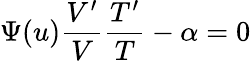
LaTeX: \Psi(u)\frac{V^{\prime}}{V}\frac{T^{\prime}}{T}-\alpha=0